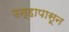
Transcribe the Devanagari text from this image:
उन्हापासून